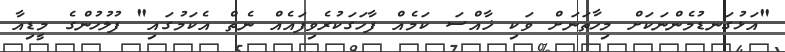
"އަޅުގަނޑުމެންނަކަށް މިހާތަނަށް ވަކި ޚާއްސަ ކަމެއް ފާހަގަކުރެވިފައެއް ނެތް އެކަމުގައި" ފުލުހުންގެ މީޑިއާ